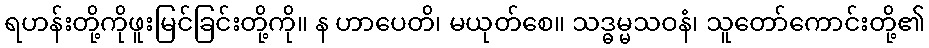
ရဟန်းတို့ကိုဖူးမြင်ခြင်းတို့ကို။ န ဟာပေတိ၊ မယုတ်စေ။ သဒ္ဓမ္မသဝနံ၊ သူတော်ကောင်းတို့၏